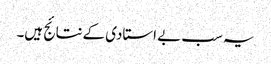
یہ سب بے استادی کےنتائج ہیں۔